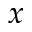
x